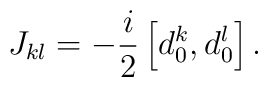
J_{kl} = -\frac{i}{2} \left[ d_0 ^k ,d_0 ^l\right] .